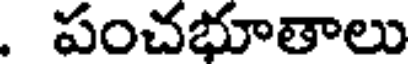
. పంచభూతాలు